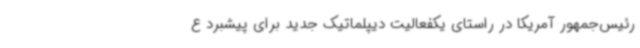
رئیس‌جمهور آمریکا در راستای یکفعالیت دیپلماتیک جدید برای پیشبرد ع